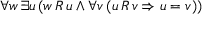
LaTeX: \forall w \, \exists u \, ( w \, R \, u \land \forall v \, ( u \, R \, v \Rightarrow u = v ) )